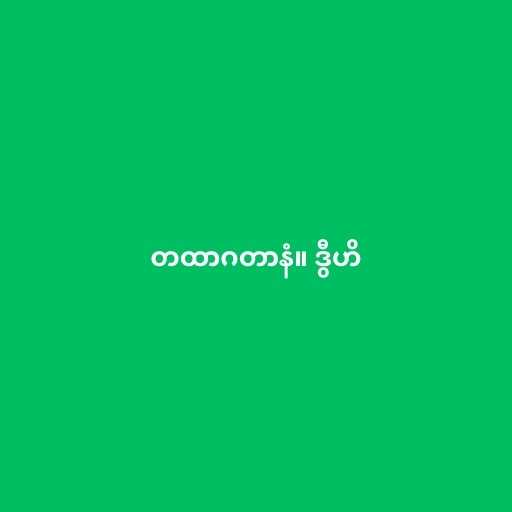
တထာဂတာနံ။ ဒွီဟိ